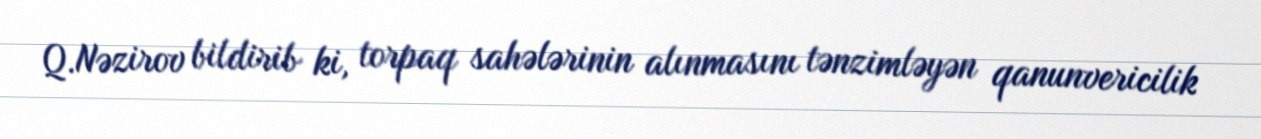
Q.Nəzirov bildirib ki, torpaq sahələrinin alınmasını tənzimləyən qanunvericilik